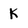
Character: K